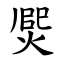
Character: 㷗